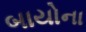
બાયોના